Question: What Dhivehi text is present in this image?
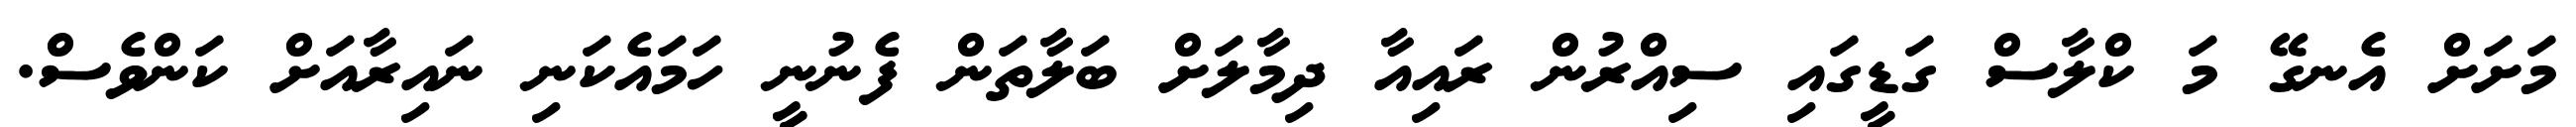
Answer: މަށަށް އެނގޭ މަ ކްލާސް ގަޑީގައި ސިއްރުން ރައިއާ ދިމާލަށް ބަލާތަން ފެނުނީ ހަމައެކަނި ނައިރާއަށް ކަންވެސް.